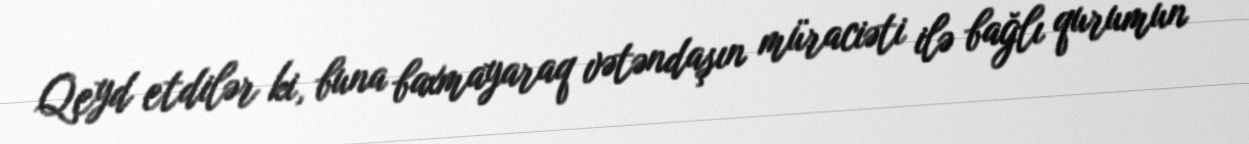
Qeyd etdilər ki, buna baxmayaraq vətəndaşın müraciəti ilə bağlı qurumun